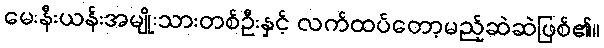
မေးနီးယန်းအမျိုးသားတစ်ဦးနှင့် လက်ထပ်တော့မည့်ဆဲဆဲဖြစ်၏။